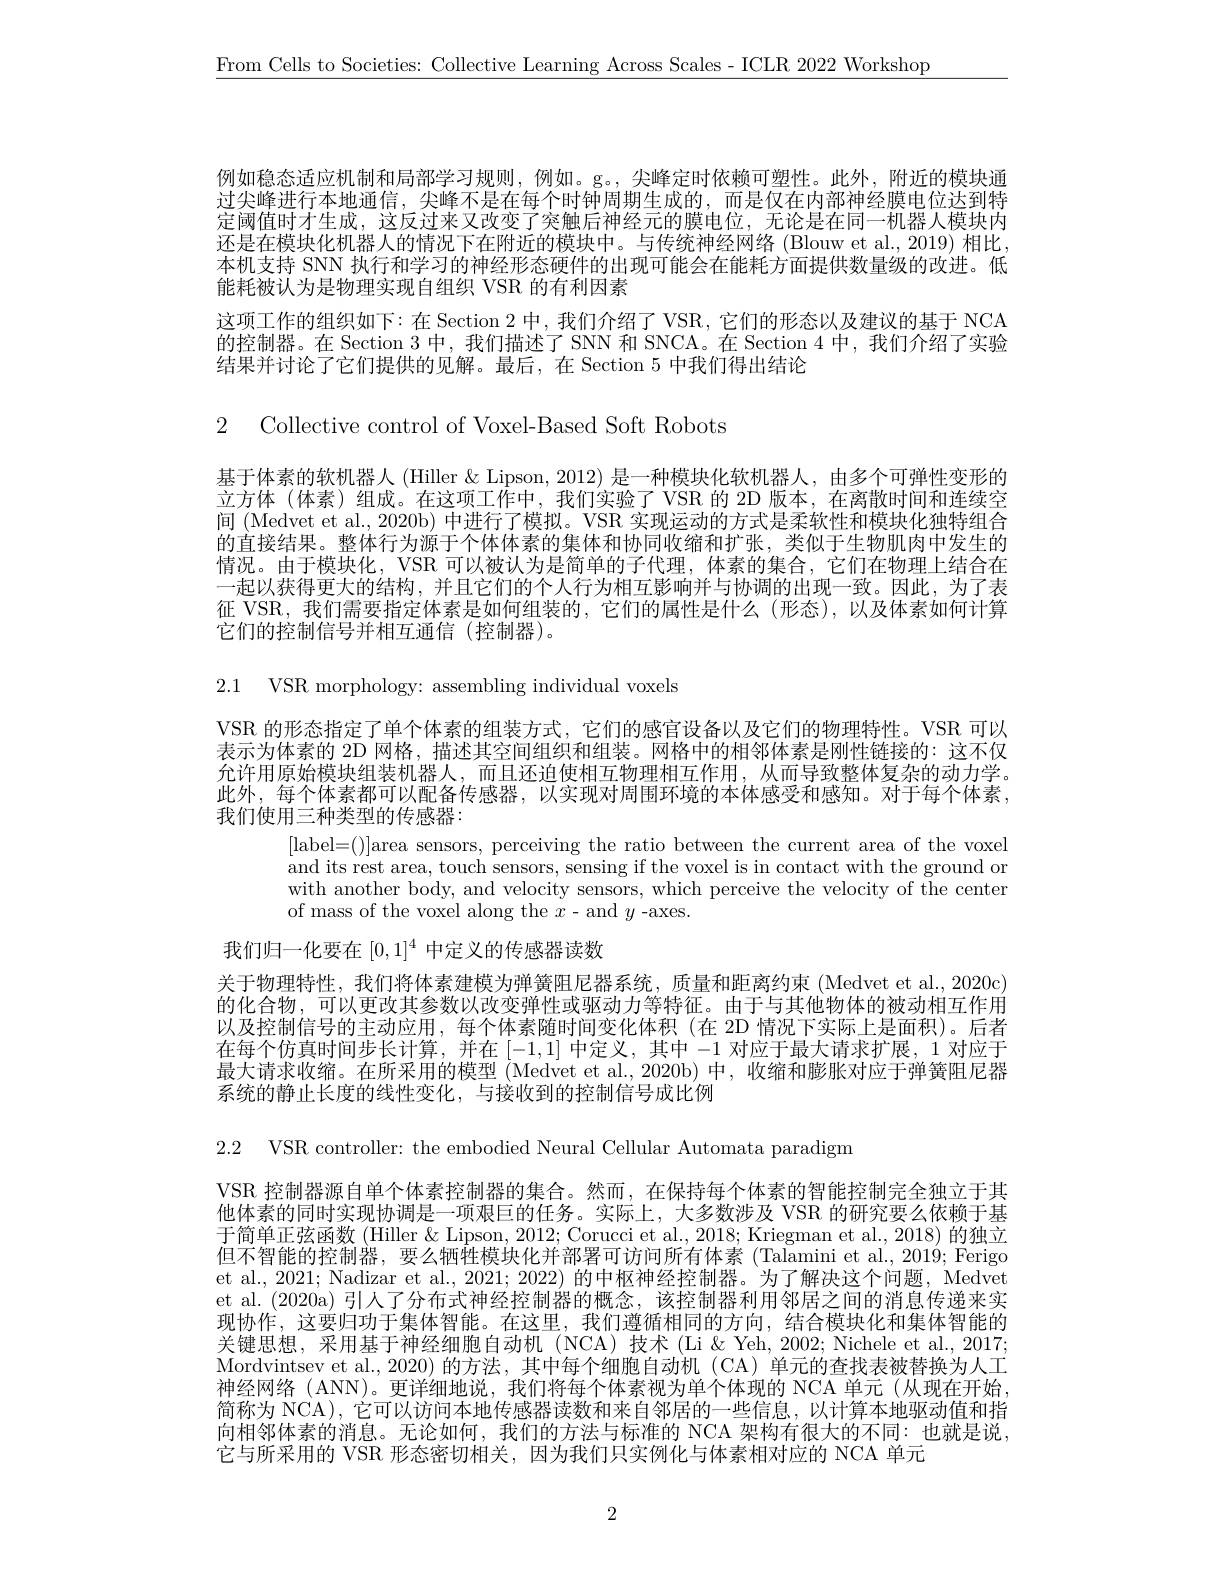
$\underline{\text{From Cells to Societies: Collective Learning Across Scales-ICLR 2022 Workshop}}$

例如稳态适应机制和局部学习规则，例如。g。,尖峰定时依赖可塑性。此外，附近的模块通过尖峰进行本地通信，尖峰不是在每个时钟周期生成的，而是仅在内部神经膜电位达到特定阈值时才生成，这反过来又改变了突触后神经元的膜电位，无论是在同一机器人模块内还是在模块化机器人的情况下在附近的模块中。与传统神经网络(Blouw et al., 2019) 相比， 本机支持 SNN 执行和学习的神经形态硬件的出现可能会在能耗方面提供数量级的改进。低能耗被认为是物理实现自组织 VSR 的有利因素
这项工作的组织如下：在 Section 2中，我们介绍了 VSR, 它们的形态以及建议的基于 NCA 的控制器。在 Section 3 中，我们描述了 SNN 和 SNCA。在 Section 4 中，我们介绍了实验结果并讨论了它们提供的见解。最后，在 Section 5 中我们得出结论

2 Collective control of Voxel-Based Soft Robots

基于体素的软机器人 (Hiller & Lipson, 2012) 是一种模块化软机器人，由多个可弹性变形的立方体(体素)组成。在这项工作中，我们实验了 VSR 的 2D 版本，在离散时间和连续空间 (Medvet et al., 2020b) 中进行了模拟。VSR 实现运动的方式是柔软性和模块化独特组合的直接结果。整体行为源于个体体素的集体和协同收缩和扩张，类似于生物肌肉中发生的情况。由于模块化，VSR 可以被认为是简单的子代理，体素的集合，它们在物理上结合在一起以获得更大的结构，并且它们的个人行为相互影响并与协调的出现一致。因此，为了表征 VSR, 我们需要指定体素是如何组装的，它们的属性是什么(形态),以及体素如何计算它们的控制信号并相互通信(控制器)。

2.1 VSR morphology: assembling individual voxels

VSR 的形态指定了单个体素的组装方式，它们的感官设备以及它们的物理特性。VSR 可以表示为体素的 2D 网格，描述其空间组织和组装。网格中的相邻体素是刚性链接的：这不仅允许用原始模块组装机器人，而且还迫使相互物理相互作用，从而导致整体复杂的动力学。此外，每个体素都可以配备传感器，以实现对周围环境的本体感受和感知。对于每个体素， 我们使用三种类型的传感器：
[label=()]area sensors, perceiving the ratio between the current area of the voxel and its rest area, touch sensors, sensing if the voxel is in contact with the ground or with another body, and velocity sensors, which perceive the velocity of the center of mass of the voxel along the $x-$and $y$-axes.

我们归一化要在$[0,1]^4$中定义的传感器读数

关于物理特性，我们将体素建模为弹簧阻尼器系统，质量和距离约束(Medvet et al.,2020c) 的化合物，可以更改其参数以改变弹性或驱动力等特征。由于与其他物体的被动相互作用以及控制信号的主动应用，每个体素随时间变化体积(在 2D 情况下实际上是面积)。后者在每个仿真时间步长计算，并在[-1,1]中定义，其中-1对应于最大请求扩展，1对应于最大请求收缩。在所采用的模型 (Medvet et al.,2020b) 中，收缩和膨胀对应于弹簧阻尼器系统的静止长度的线性变化，与接收到的控制信号成比例

2.2 VSR controller: the embodied Neural Cellular Automata paradigm

VSR 控制器源自单个体素控制器的集合。然而，在保持每个体素的智能控制完全独立于其他体素的同时实现协调是一项艰巨的任务。实际上，大多数涉及 VSR 的研究要么依赖于基于简单正弦函数 (Hiller & Lipson, 2012; Corucci et al., 2018; Kriegman et al., 2018) 的独立但不智能的控制器，要么牺牲模块化并部署可访问所有体素(Talamini et al., 2019; Ferigo et al., 2021; Nadizar et al., 2021; 2022) 的中枢神经控制器。为了解决这个问题，Medvet et al. (2020a)引人了分布式神经控制器的概念，该控制器利用邻居之间的消息传递来实现协作，这要归功于集体智能。在这里，我们遵循相同的方向，结合模块化和集体智能的关键思想，采用基于神经细胞自动机(NCA)技术(Li& Yeh, 2002; Nichele et al., 2017; Mordvintsev et al.,2020)的方法，其中每个细胞自动机(CA)单元的查找表被替换为人工神经网络(ANN)。更详细地说，我们将每个体素视为单个体现的 NCA 单元(从现在开始， 简称为 NCA), 它可以访问本地传感器读数和来自邻居的一些信息，以计算本地驱动值和指向相邻体素的消息。无论如何，我们的方法与标准的 NCA 架构有很大的不同：也就是说， 它与所采用的 VSR 形态密切相关，因为我们只实例化与体素相对应的 NCA 单元

2